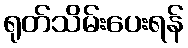
ရုတ်သိမ်းပေးရန်